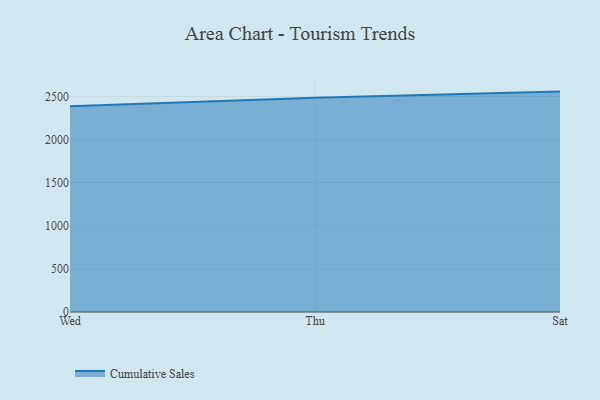
{"axis": {"x": "Day", "y": "Energy Usage (MWh)"}, "legend": ["Cumulative Sales"], "data": [{"x": "Wed", "y": 2386.2, "type": "Cumulative Sales"}, {"x": "Thu", "y": 2482.8, "type": "Cumulative Sales"}, {"x": "Sat", "y": 2554.8, "type": "Cumulative Sales"}]}